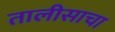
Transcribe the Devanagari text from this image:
तालीसाचा